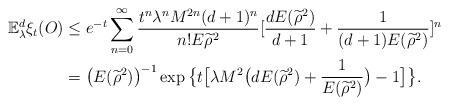
LaTeX: \begin{align*}\mathbb{E}_{\lambda}^d\xi_t(O)&\leq e^{-t}\sum_{n=0}^{\infty}\frac{t^n\lambda^nM^{2n}(d+1)^n}{n!E{\widetilde{\rho}}^2}[\frac{dE({\widetilde{\rho}}^2)}{d+1}+\frac{1}{(d+1)E({\widetilde{\rho}}^2)}]^n\\&=\big(E({\widetilde{\rho}}^2)\big)^{-1}\exp\big\{t\big[\lambda M^2\big(dE({\widetilde{\rho}}^2)+\frac{1}{E({\widetilde{\rho}}^2)}\big)-1\big]\big\}.\end{align*}